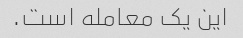
این یک معامله است.